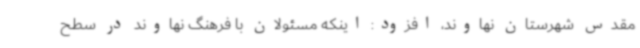
مقدس شهرستان نهاوند، افزود: اینکه مسئولان با فرهنگ نهاوند در سطح